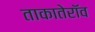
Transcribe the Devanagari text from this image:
ताकातेराॅव